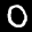
Label: 0